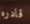
قادره